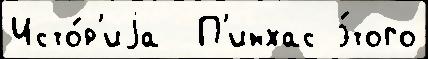
Исто́р'иjа  П'инхас э́того